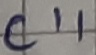
Text: C11